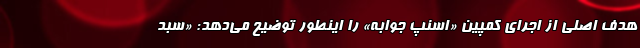
هدف اصلی از اجرای کمپین «اسنپ جوابه» را اینطور توضیح می‌دهد: «سبد